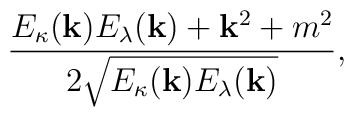
\frac{E_\kappa({\bf k})E_\lambda({\bf k})+{\bf k}^2+m^2}{2 \sqrt{E_\kappa({\bf k})E_\lambda({\bf k})}},